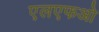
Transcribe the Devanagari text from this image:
एलएफओ